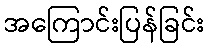
အကြောင်းပြန်ခြင်း